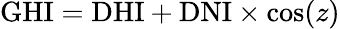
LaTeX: {\mathrm{GHI}}={\mathrm{DHI}}+{\mathrm{DNI}}\times\cos(z)